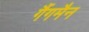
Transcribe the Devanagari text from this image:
गैंगमैन